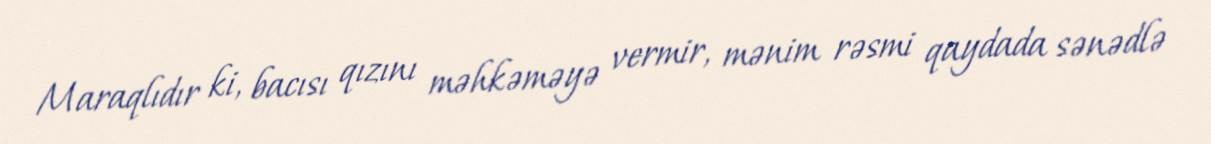
Maraqlıdır ki, bacısı qızını məhkəməyə vermir, mənim rəsmi qaydada sənədlə